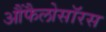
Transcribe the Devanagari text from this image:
आैंफैलोसॉरस